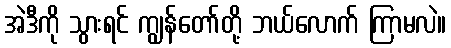
အဲဒီကို သွားရင် ကျွန်တော်တို့ ဘယ်လောက် ကြာမလဲ။